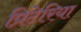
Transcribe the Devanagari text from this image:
प्रिटेरिया